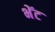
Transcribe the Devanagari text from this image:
भेेंट